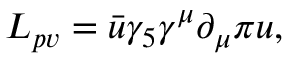
{ \cal L } _ { p v } = \bar { u } { \gamma _ { 5 } } \gamma ^ { \mu } \partial _ { \mu } \pi u ,